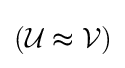
\left({\mathcal {U}}\thickapprox {\mathcal {V}}\right)